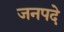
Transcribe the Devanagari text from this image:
जनपदे